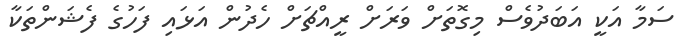
ސަމާ އަކީ އަބަދުވެސް މިގޮތަށް ވަރަށް ރީއްޗަށް ހެދުން އަޅައި ފަހުގެ ފެޝަންތަކާ